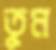
তুম